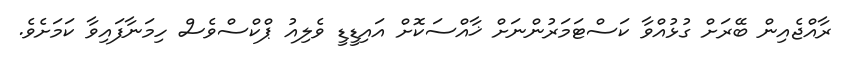
ރާއްޖެއިން ބޭރަށް ގުޅުއްވާ ކަސްޓަމަރުންނަށް ޚާއްސަކޮށް އައިޑީޑީ ވެލިއު ޕްކްސްވެސް ހިމަނާފައިވާ ކަމަށެވެ.